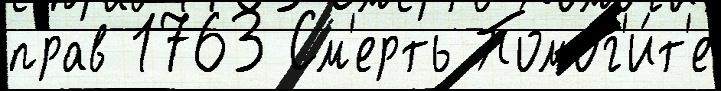
прав 1763 См'ерть Помог'и́т'е